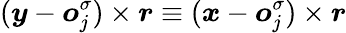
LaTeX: (\boldsymbol{y}-\boldsymbol{o}_{j}^{\sigma})\times\boldsymbol{r}\equiv(\boldsymbol{x}-\boldsymbol{o}_{j}^{\sigma})\times\boldsymbol{r}